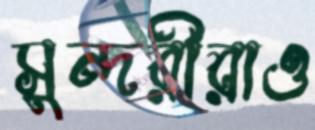
সুন্দরীরাও